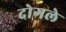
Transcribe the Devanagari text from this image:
दोगले